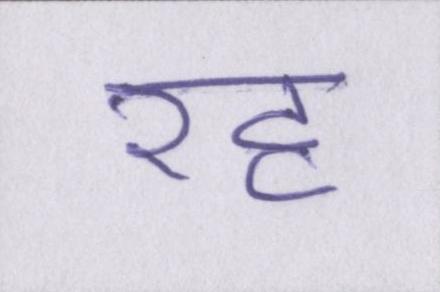
रह